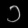
Digit: ၁